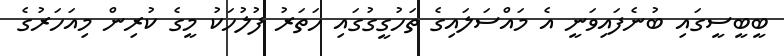
ބީބީސީގައި ބުނެފައިވަނީ އެ މައްސަލައިގެ ތަހުގީގުގައި ހަތަރު ފުލުހަކު މީގެ ކުރިން މިއަހަރުގެ